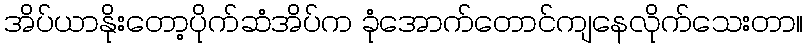
အိပ်ယာနိုးတော့ပိုက်ဆံအိပ်က ခုံအောက်တောင်ကျနေလိုက်သေးတာ။